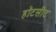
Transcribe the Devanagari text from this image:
हॉटसीट